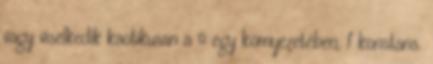
vagy viselkedik kaotikusan a ∞ egy környezetében, f konstans.